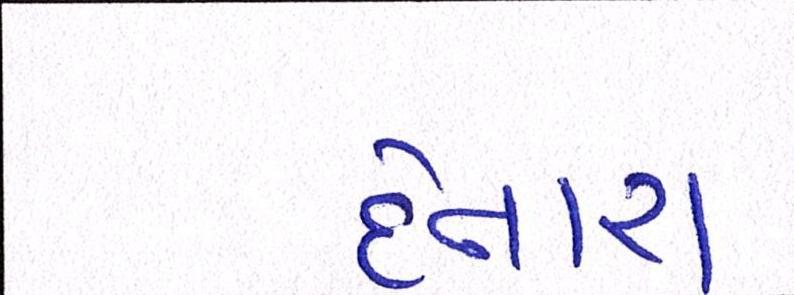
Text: દેનારા